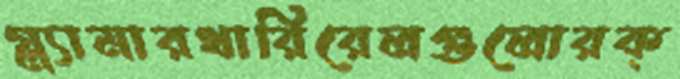
গ্ল্যামারখারিরেলগুলোরক্